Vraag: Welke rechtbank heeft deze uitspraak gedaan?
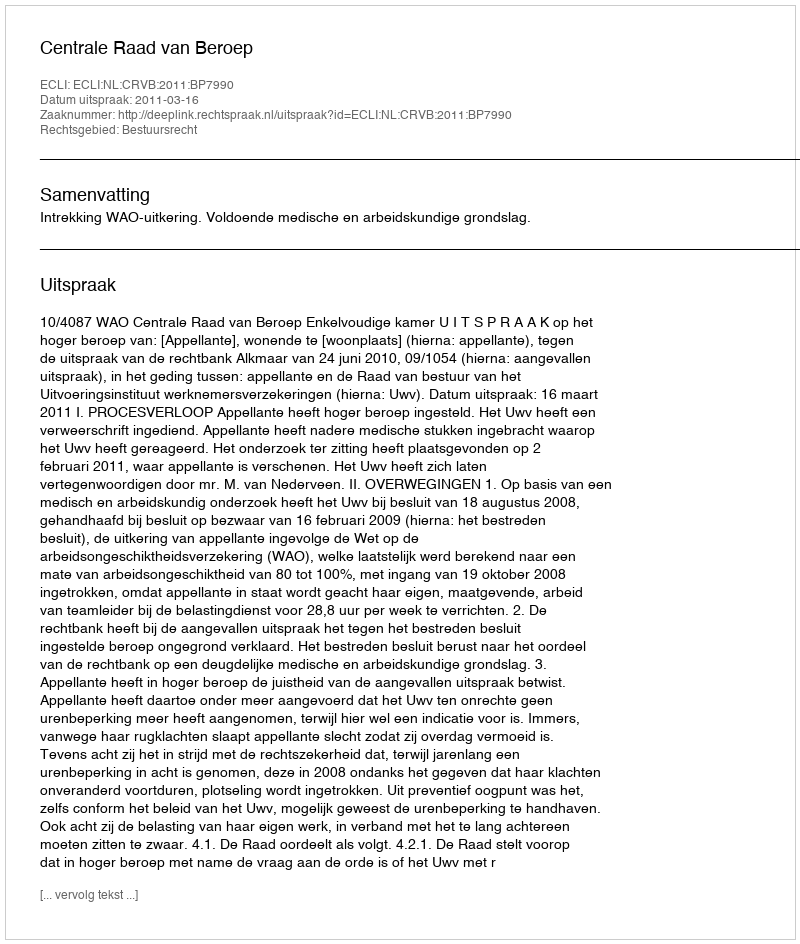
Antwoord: Centrale Raad van Beroep